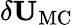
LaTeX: \delta{\mathbf{U}}_{\mathrm{{MC}}}